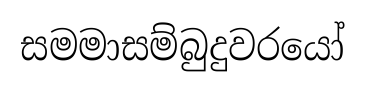
සමමාසම්බුදුවරයෝ